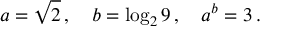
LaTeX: a = { \sqrt { 2 } } \, , \quad b = \log _ { 2 } 9 \, , \quad a ^ { b } = 3 \, .